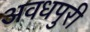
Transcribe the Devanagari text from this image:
अवधपुरी